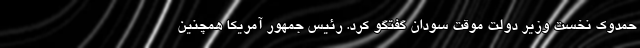
حمدوک نخست وزیر دولت موقت سودان گفتگو کرد. رئیس جمهور آمریکا همچنین